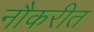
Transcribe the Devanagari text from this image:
नौकरीत